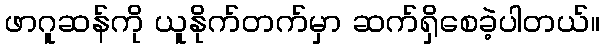
ဖာဂူဆန်ကို ယူနိုက်တက်မှာ ဆက်ရှိစေခဲ့ပါတယ်။